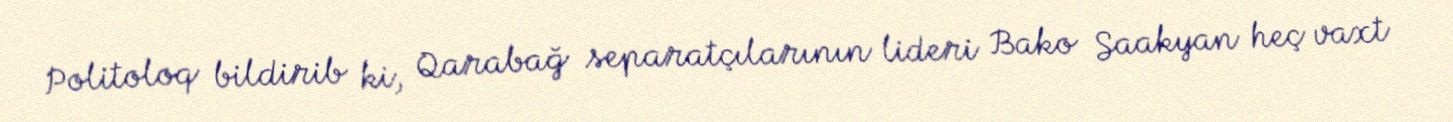
Politoloq bildirib ki, Qarabağ separatçılarının lideri Bako Saakyan heç vaxt